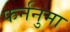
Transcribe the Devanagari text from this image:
फर्ननुमा